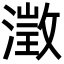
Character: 澂